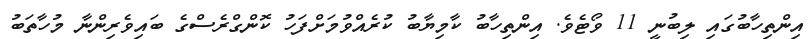
އިންތިހާބުގައި ލިބުނީ 11 ވޯޓެވެ. އިންތިހާބު ކާމިޔާބު ކުރެއްވުމަށްފަހު ކޮންގްރެސްގެ ބައިވެރިންނާ މުހާތަބު